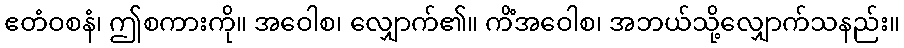
ဧတံဝစနံ၊ ဤစကားကို။ အဝေါစ၊ လျှောက်၏။ ကိံအဝေါစ၊ အဘယ်သို့လျှောက်သနည်း။